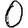
Digit: 0